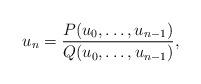
LaTeX: \begin{align*}u_n = \frac{P(u_0,\ldots ,u_{n-1})}{Q(u_0,\ldots ,u_{n-1})}, \end{align*}